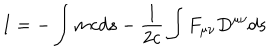
LaTeX: I = - \int { m c d s } - { \frac { 1 } { 2 c } } \int { F _ { \mu \nu } D ^ { \mu \nu } d s }